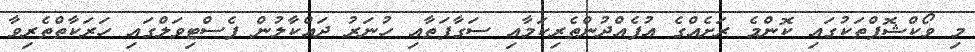
މި ވޯކްޝޮޕްތަކުގައި ކޮންމެ ރަށެއްގެ އުފެއްދުންތެރިކަމާއި ސަގާފަތާއި ހުނަރު ދައްކާލުން ފެސްޓިވަލްގައި ހަރަކާތްތެރިވާ